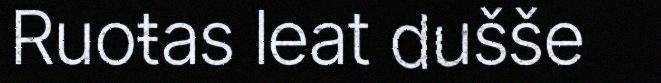
Ruoŧas leat dušše